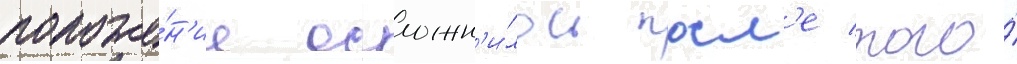
положе́н'ие осложн'и́лось посл'е того́